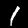
Label: 1